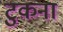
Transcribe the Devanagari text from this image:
टुकना